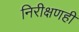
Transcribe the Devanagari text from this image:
निरीक्षणही